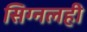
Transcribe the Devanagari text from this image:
सिग्नलही